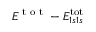
E ^ { \textrm { t o t } } - E _ { 1 s 1 s } ^ { \mathrm { t o t } }